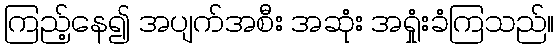
ကြည့်နေ၍ အပျက်အစီး အဆုံး အရှုံးခံကြသည်။